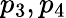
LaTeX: p_{3},p_{4}